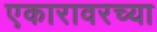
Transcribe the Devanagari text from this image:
एकारावरच्या